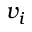
v _ { i }